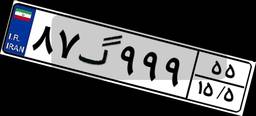
۸۷گ۹۹۹۵۵